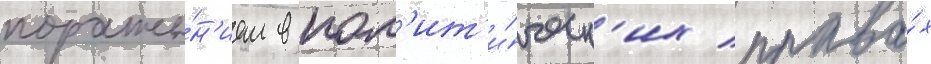
пораже́н'ием в пол'ит'и́ческ'их права́х